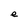
Character: e